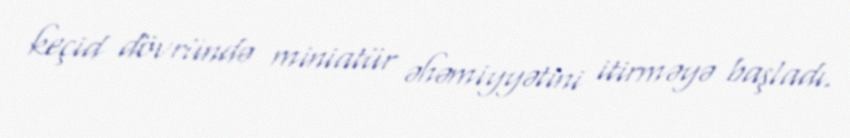
keçid dövründə miniatür əhəmiyyətini itirməyə başladı.